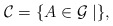
\begin{align*}\mathcal{C}=\{A\in \mathcal{G}\mid \},\end{align*}